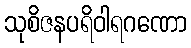
သုစိဇနပရိဝါရဂဏော